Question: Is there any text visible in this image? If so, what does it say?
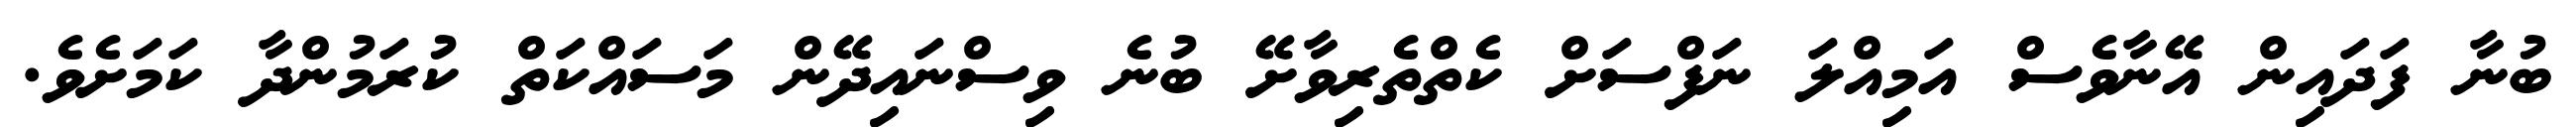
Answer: ބުނާ ފަދައިން އޭނާވެސް އަމިއްލަ ނަފްސަށް ކެތްތެރިވާށޭ ބުނެ ވިސްނައިދޭން މަސައްކަތް ކުރަމުންދާ ކަމަށެވެ.